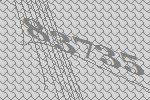
83735